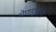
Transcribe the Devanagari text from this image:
येणार्‍यांनी